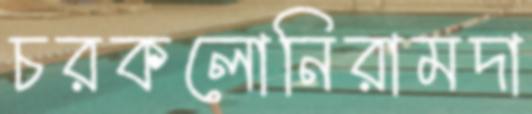
চরকলোনিরামদা